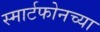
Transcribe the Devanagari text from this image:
स्मार्टफोनच्या